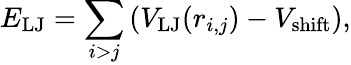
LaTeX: E_{\mathrm{LJ}}=\sum_{i>j}\left(V_{\mathrm{LJ}}(r_{i,j})-V_{\mathrm{shift}}\right),